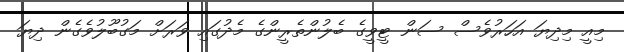
މިއީ މިދިޔަ އަހަރުވެސް ސަން ޓީވީގެ ބެލުންތެރީންގެ މެދުގައި ވަރަށް މަގުބޫލުވެގެން ދިޔަ